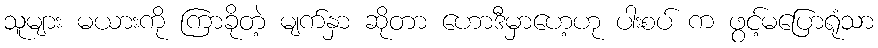
သူများ မယားကို ကြာခိုတဲ့ မျက်နှာ ဆိုတာ ဟောဒီမှာဟေ့ဟု ပါးစပ် က ဖွင့်မပြောရုံသာ